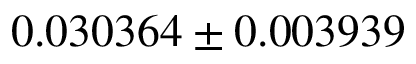
0 . 0 3 0 3 6 4 \pm 0 . 0 0 3 9 3 9